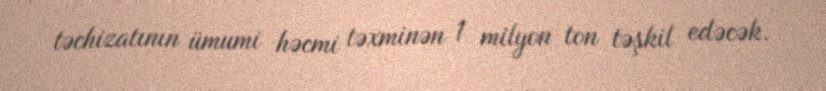
təchizatının ümumi həcmi təxminən 1 milyon ton təşkil edəcək.